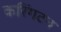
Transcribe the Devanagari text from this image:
करिंगटन